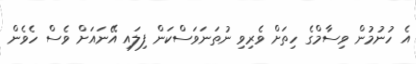
އެ ހުނުމުން ވިސާމްގެ ހިތަށް ވެރިވި ނުތަނަވަސްކަން ފިލައި އޭނައަށް ވެސް ހެވެން